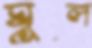
ঘুল